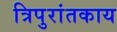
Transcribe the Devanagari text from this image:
त्रिपुरांतकाय